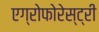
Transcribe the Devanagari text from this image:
एग्रोफोरेस्ट्री